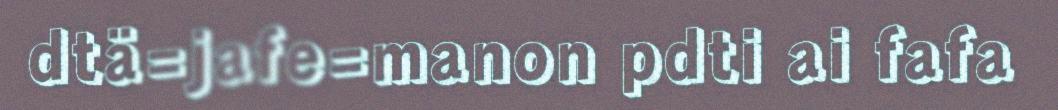
dtä=jafe=manon pdti ai fafa